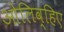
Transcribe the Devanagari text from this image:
ओलिव्हिए